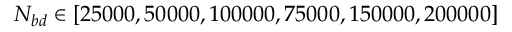
N _ { b d } \in [ 2 5 0 0 0 , 5 0 0 0 0 , 1 0 0 0 0 0 , 7 5 0 0 0 , 1 5 0 0 0 0 , 2 0 0 0 0 0 ]